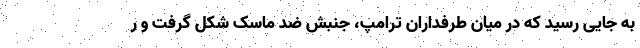
به جایی رسید که در میان طرفداران ترامپ، جنبش ضد ماسک شکل گرفت و ر